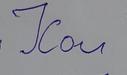
Signature authenticity: forged